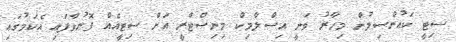
ސިޓީ ކައުންސިލުން މިހާރު ވަނީ އިސްލާމިކް މިނިސްޓްރީ އަށް ސިޓީއެއް ފޮނުވާފައި އެކަމުގައި